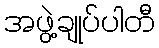
အဖွဲ့ချုပ်ပါတီ